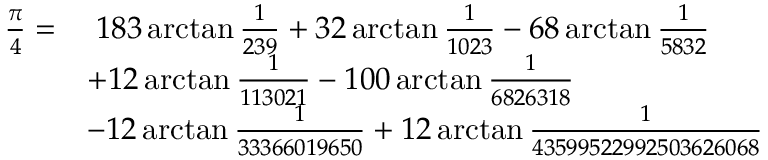
{ \begin{array} { r l } { { \frac { \pi } { 4 } } = } & { \; 1 8 3 \arctan { \frac { 1 } { 2 3 9 } } + 3 2 \arctan { \frac { 1 } { 1 0 2 3 } } - 6 8 \arctan { \frac { 1 } { 5 8 3 2 } } } \\ & { + 1 2 \arctan { \frac { 1 } { 1 1 3 0 2 1 } } - 1 0 0 \arctan { \frac { 1 } { 6 8 2 6 3 1 8 } } } \\ & { - 1 2 \arctan { \frac { 1 } { 3 3 3 6 6 0 1 9 6 5 0 } } + 1 2 \arctan { \frac { 1 } { 4 3 5 9 9 5 2 2 9 9 2 5 0 3 6 2 6 0 6 8 } } } \end{array} }